Lunatic asylums Punjab 1895-1910 - 1895-1910
Year: 1895
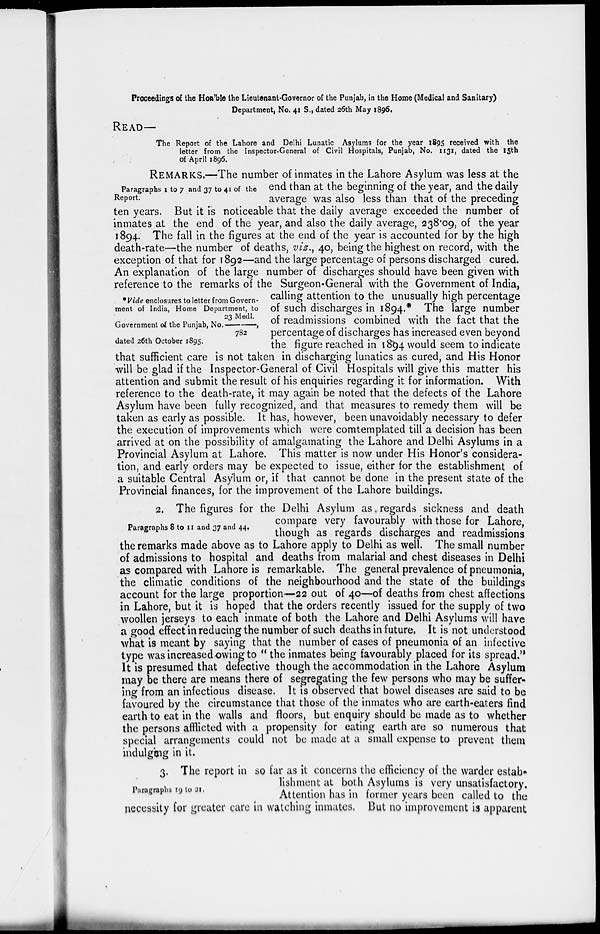
Proceedings of the Hon'ble the Lieutenant-Governor of the Punjab, in the Home (Medical and Sanitary)
Department, No. 41 S., dated 26th May 1896.
READ—
The Report of the Lahore and Delhi Lunatic Asylums for the year 1895 received with the
letter from the Inspector-General of Civil Hospitals, Punjab, No. 1131, dated the 15th
of April 1896.
Paragraphs 1 to 7 and 37 to 41 of the
Report.
REMARKS.—The number of inmates in the Lahore Asylum was less at the
end than at the beginning of the year, and the daily
average was also less than that of the preceding
ten years. But it is noticeable that the daily average exceeded the number of
inmates at the end of the year, and also the daily average, 238.09, of the year
1894. The fall in the figures at the end of the year is accounted for by the high
death-rate—the number of deaths, viz., 40, being the highest on record, with the
exception of that for 1892—and the large percentage of persons discharged cured.
*Vide enclosures to letter from Govern-
ment of India, Home Department, to
Government of the Punjab, No.23 Medl./782,
dated 26th October 1895.
An explanation of the large number of discharges should have been given with
reference to the remarks of the Surgeon-General with the Government of India,
calling attention to the unusually high percentage
of such discharges in 1894.* The large number
of readmissions combined with the fact that the
percentage of discharges has increased even beyond
the figure reached in 1894 would seem to indicate
that sufficient care is not taken in discharging lunatics as cured, and His Honor
will be glad if the Inspector-General of Civil Hospitals will give this matter his
attention and submit the result of his enquiries regarding it for information. With
reference to the death-rate, it may again be noted that the defects of the Lahore
Asylum have been fully recognized, and that measures to remedy them will be
taken as early as possible. It has, however, been unavoidably necessary to defer
the execution of improvements which were comtemplated till a decision has been
arrived at on the possibility of amalgamating the Lahore and Delhi Asylums in a
Provincial Asylum at Lahore. This matter is now under His Honor's considera-
tion, and early orders may be expected to issue, either for the establishment of
a suitable Central Asylum or, if that cannot be done in the present state of the
Provincial finances, for the improvement of the Lahore buildings.
Paragraphs 8 to 11 and 37 and 44.
2. The figures for the Delhi Asylum as regards sickness and death
compare very favourably with those for Lahore,
though as regards discharges and readmissions
the remarks made above as to Lahore apply to Delhi as well. The small number
of admissions to hospital and deaths from malarial and chest diseases in Delhi
as compared with Lahore is remarkable. The general prevalence of pneumonia,
the climatic conditions of the neighbourhood and the state of the buildings
account for the large proportion—22 out of 40—of deaths from chest affections
in Lahore, but it is hoped that the orders recently issued for the supply of two
woollen jerseys to each inmate of both the Lahore and Delhi Asylums will have
a good effect in reducing the number of such deaths in future. It is not understood
what is meant by saying that the number of cases of pneumonia of an infective
type was increased owing to " the inmates being favourably placed for its spread."
It is presumed that defective though the accommodation in the Lahore Asylum
may be there are means there of segregating the few persons who may be suffer-
ing from an infectious disease. It is observed that bowel diseases are said to be
favoured by the circumstance that those of the inmates who are earth-eaters find
earth to eat in the walls and floors, but enquiry should be made as to whether
the persons afflicted with a propensity for eating earth are so numerous that
special arrangements could not be made at a small expense to prevent them
indulging in it.
Paragraphs 19 to 31.
3. The report in so far as it concerns the efficiency of the warder estab-
lishment at both Asylums is very unsatisfactory.
Attention has in former years been called to the
necessity for greater care in watching inmates. But no improvement is apparent